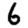
Digit: 6